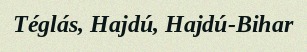
Téglás, Hajdú, Hajdú-Bihar